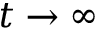
t \rightarrow \infty